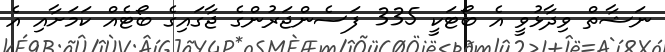
ނަޝާތް ވިދާޅުވީ އެ ބޯޓަކީ 335 ފަސެންޖަރުންގެ ޖާގައިގެ ބޯޓެއް ކަމަށާއި އެ